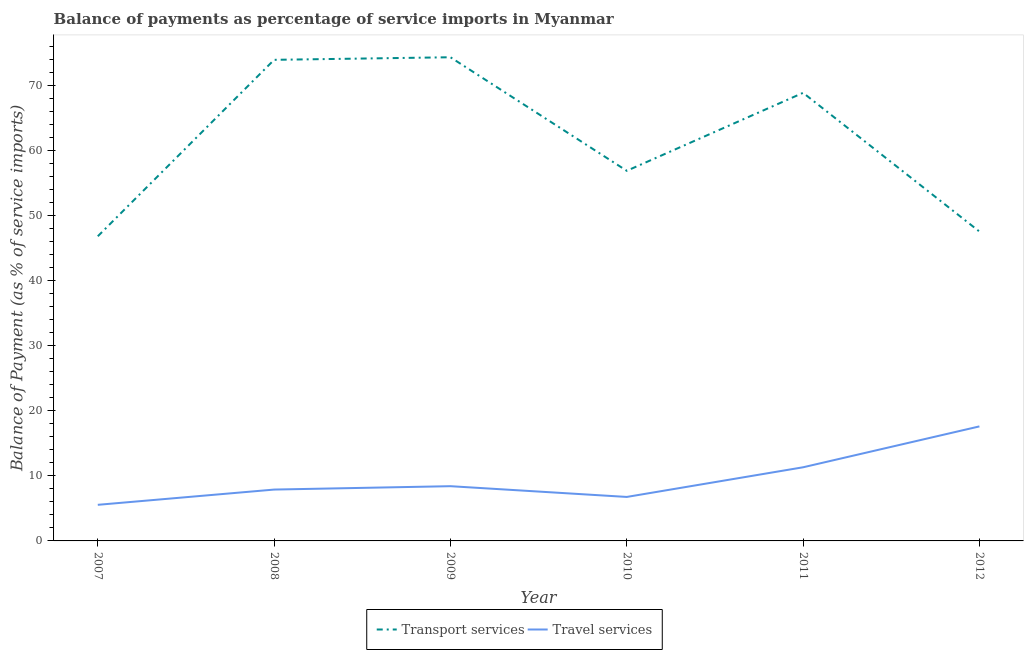
| Year | Transport services | Travel services |
 | --- | --- | --- |
 | 2007 | 46.8 | 5.55 |
 | 2008 | 73.9 | 7.89 |
 | 2009 | 74.3 | 8.41 |
 | 2010 | 56.9 | 6.76 |
 | 2011 | 68.9 | 11.3 |
 | 2012 | 47.5 | 17.6 |